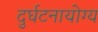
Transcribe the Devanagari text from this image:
दुर्घटनायोग्य